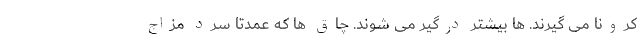
کرونا می گیرند. ها بیشتر درگیر می شوند. چاق ها که عمدتاً سرد مزاج